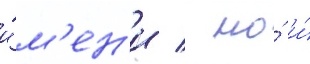
и́м'ен'и / но́ и́